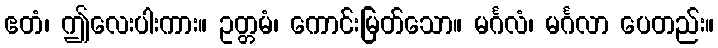
ဧတံ၊ ဤလေးပါးကား။ ဥတ္တမံ၊ ကောင်းမြတ်သော။ မင်္ဂလံ၊ မင်္ဂလာ ပေတည်း။